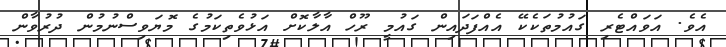
އެވެ. އަވައްޓެރި ގައުމުތަކެކޭ އެއްފަދައިން ގައުމީ ރޫހް އާލާކޮށް އަޅުވެތިކަމުގެ މޮޔަވިސްނުމުން ދުރުވާން